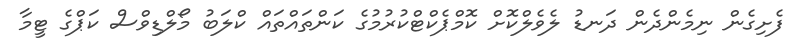
ފެށިގެން ނިމެންދެން ދަނޑު ލެވެލްކޮށް ކޮމްޕެކްޓްކުރުމުގެ ކަންތައްތައް ކްލަބު މޯލްޑިވްސް ކަޕްގެ ޓީމާ